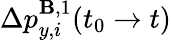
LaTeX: \Delta p_{y,i}^{\mathbf{B},1}(t_{0}\to t)